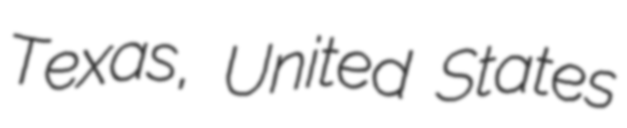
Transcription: Texas, United States